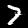
Label: 7